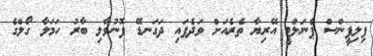
ފިލިޕީންސް ޕެނަލްޓީ އޭރިޔާ ތެރެއަށް ވަދެފައި ދަގަނޑޭ ފޮނުވާލި ބާރު ހަމަލާ ގޯލްގެ